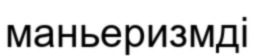
маньеризмді